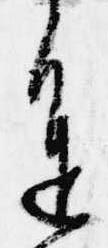
進